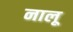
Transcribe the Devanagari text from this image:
नालू